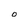
Character: O